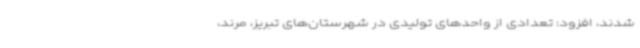
شدند، افزود: تعدادی از واحدهای تولیدی در شهرستان‌های تبریز، مرند،